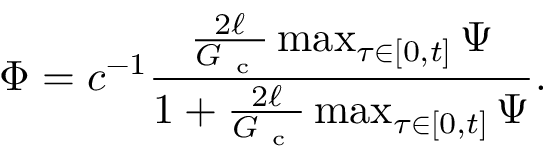
\Phi = c ^ { - 1 } \frac { \frac { 2 \ell } { G _ { \mathrm { ~ c ~ } } } \operatorname* { m a x } _ { \tau \in [ 0 , t ] } \Psi } { 1 + \frac { 2 \ell } { G _ { \mathrm { ~ c ~ } } } \operatorname* { m a x } _ { \tau \in [ 0 , t ] } \Psi } .